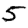
Digit: 5